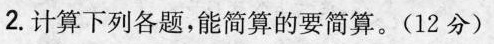
2.计算下列各题，能简算的要简算。(12分)